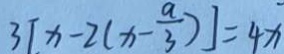
3 [ x - 2 ( x - \frac { a } { 3 } ) ] = 4 x